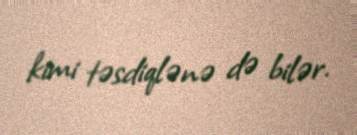
kimi təsdiqlənə də bilər.